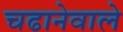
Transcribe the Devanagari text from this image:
चढानेवाले